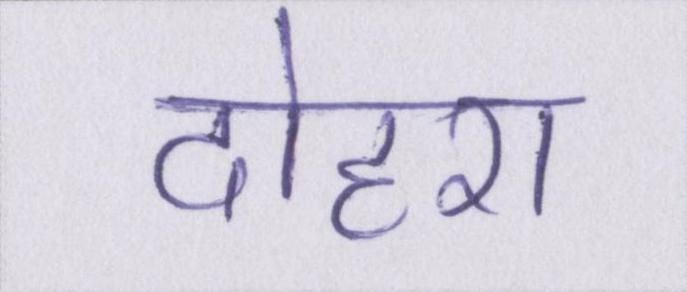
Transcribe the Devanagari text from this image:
दोहरा